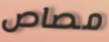
مصاص